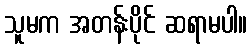
သူမက အတန်းပိုင် ဆရာမပါ။